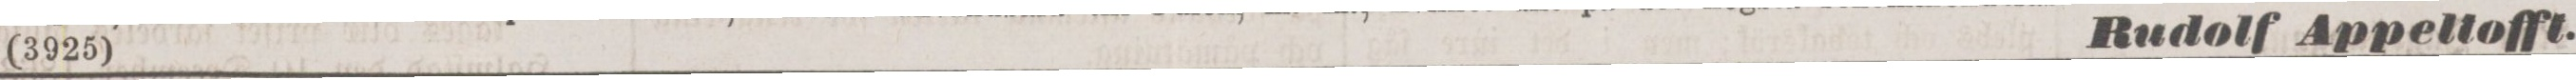
(3925)    Rudolf Appeltofft.